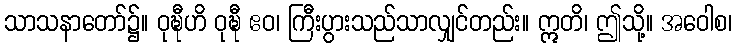
သာသနာတော်၌။ ဝုဍ္ဎီဟိ ဝုဍ္ဎီ ဧဝ၊ ကြီးပွားသည်သာလျှင်တည်း။ ဣတိ၊ ဤသို့။ အဝေါစ၊